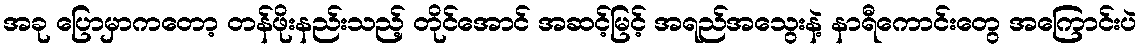
အခု ပြောမှာကတော့ တန်ဖိုးနည်းသည့် တိုင်အောင် အဆင့်မြင့် အရည်အသွေးနဲ့ နာရီကောင်းတွေ အကြောင်းပဲ